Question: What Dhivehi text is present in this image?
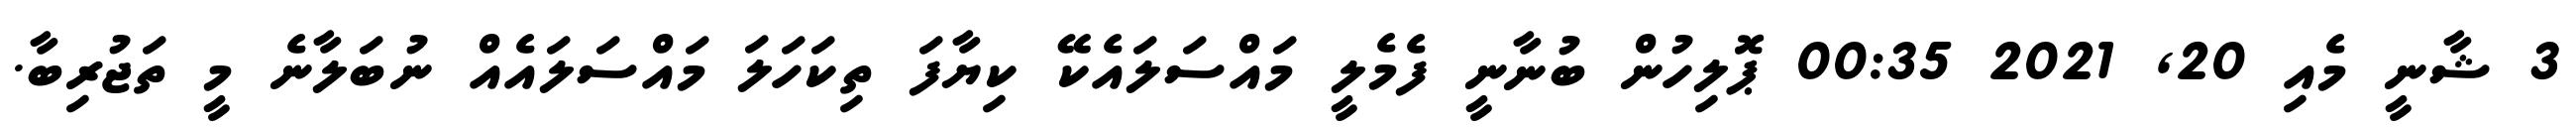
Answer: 3 ޝާނީ މެއި 20, 2021 00:35 ޕޮލިހުން ބުނާނީ ފެމެލީ މައްސަލައެކޭ ކިޔާފަ ތިކަހަލަ މައްސަލައެއް ނުބަލާނެ މީ ތަޖުރިބާ.